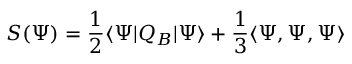
S ( \Psi ) = { \frac { 1 } { 2 } } \langle \Psi | Q _ { B } | \Psi \rangle + { \frac { 1 } { 3 } } \langle \Psi , \Psi , \Psi \rangle